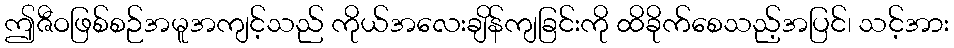
ဤဇီဝဖြစ်စဉ်အမူအကျင့်သည် ကိုယ်အလေးချိန်ကျခြင်းကို ထိခိုက်စေသည့်အပြင်၊ သင့်အား